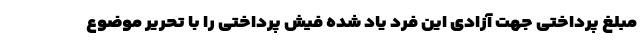
مبلغ پرداختی جهت آزادی این فرد یاد شده فیش پرداختی را با تحریر موضوع